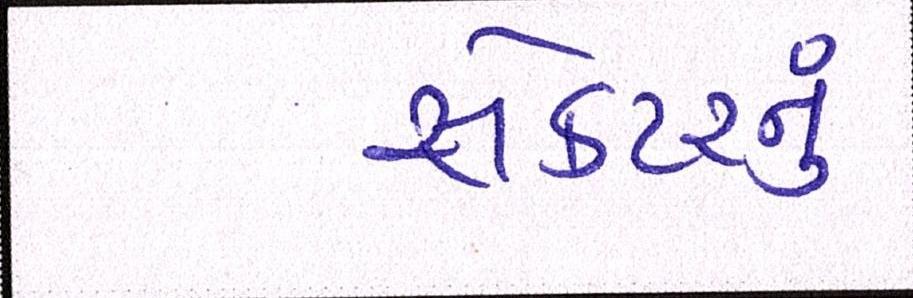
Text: સેક્ટરનું